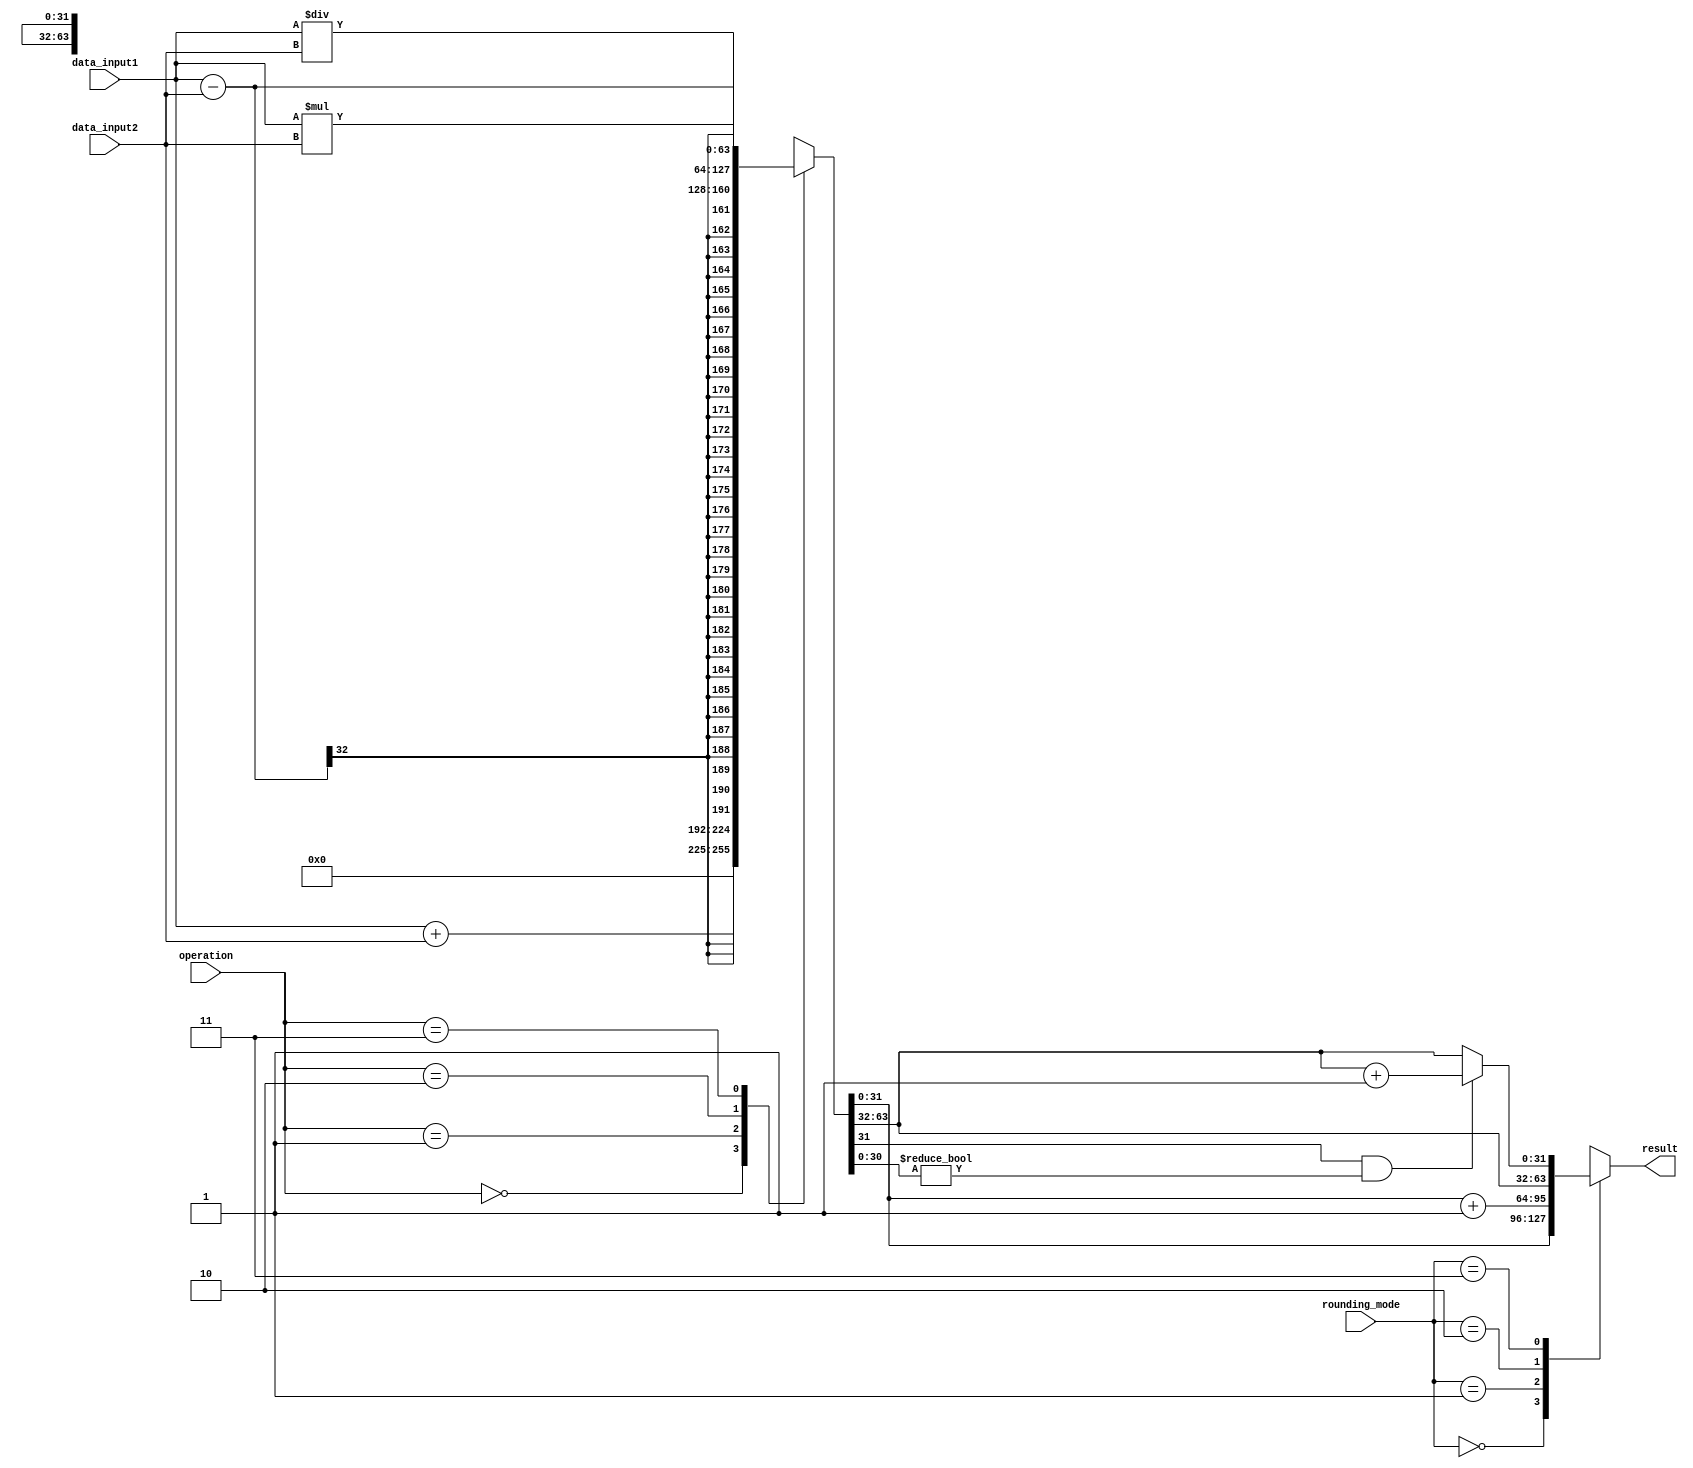
module rounding_unit (
    input [31:0] data_input1,
    input [31:0] data_input2,
    input [1:0] rounding_mode,
    input [1:0] operation,
    output reg [31:0] result
);

reg [63:0] temp_result;

always @(*) begin
    case(operation)
        2'b00: temp_result = data_input1 + data_input2; // Addition
        2'b01: temp_result = data_input1 - data_input2; // Subtraction
        2'b10: temp_result = data_input1 * data_input2; // Multiplication
        2'b11: temp_result = data_input1 / data_input2; // Division
    endcase
end

always @(*) begin
    case(rounding_mode)
        2'b00: result = temp_result[31:0]; // Round down
        2'b01: result = temp_result[31:0] + 1'b1; // Round up
        2'b10: result = temp_result[63:32]; // Round to zero
        2'b11: begin // Round to nearest
            if(temp_result[31] == 1 && temp_result[30:0] != 32'b0) begin
                result = temp_result[63:32] + 32'b1;
            end else begin
                result = temp_result[63:32];
            end
        end
    endcase
end

endmodule